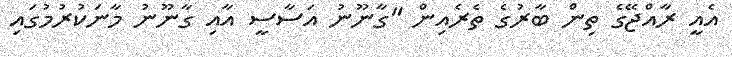
އެއީ ރާއްޖޭގެ ތިން ބާރުގެ ތެރެއިން "ގާނޫނު އަސާސީ އާއި ގާނޫނު މާނަކުރުމުގައި